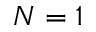
N = 1